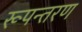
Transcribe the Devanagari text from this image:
रूपन्तरण